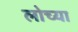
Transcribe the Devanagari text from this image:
लोच्या